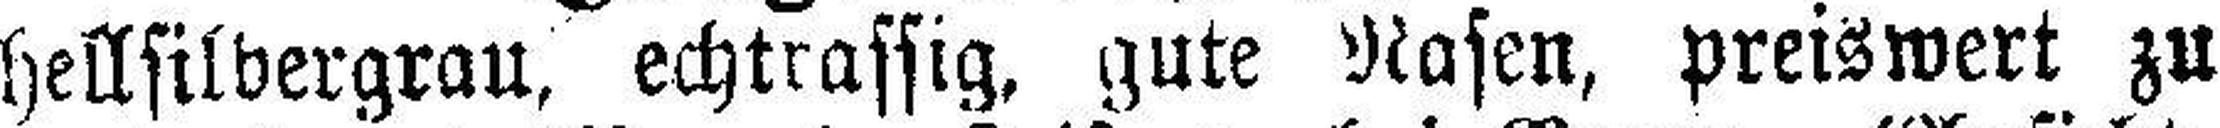
hellsilbergrau, echtrassig, gute Rasen, preiswert zu